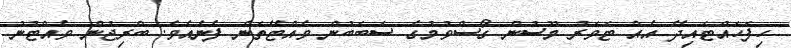
ހިފަހައްޓައިދޭ އެއް ޓަވަރު މޫސުން ގޯސްވުމުގެ ސަބަބުން ވެއްޓޭތަން ފެނެއެވެ. ބްރިޖުން ވެއްޓުނު